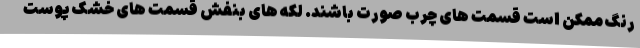
رنگ ممکن است قسمت های چرب صورت باشند. لکه های بنفش قسمت های خشک پوست